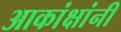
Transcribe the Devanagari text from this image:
आकांक्षांनी